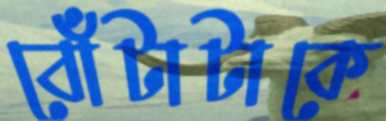
বোঁটাটাকে